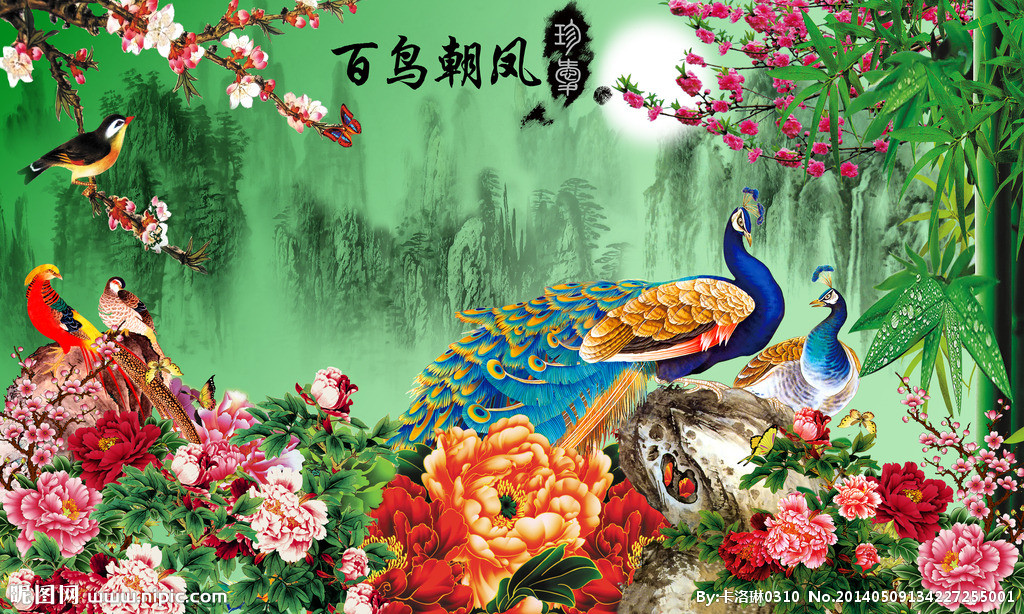
滞雨通宵又彻明，百忧如草雨中生。